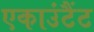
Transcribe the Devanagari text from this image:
एकाउंटैंट